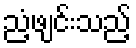
ညံ့ဖျင်းသည့်